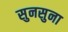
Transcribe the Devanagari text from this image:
सुनसुना